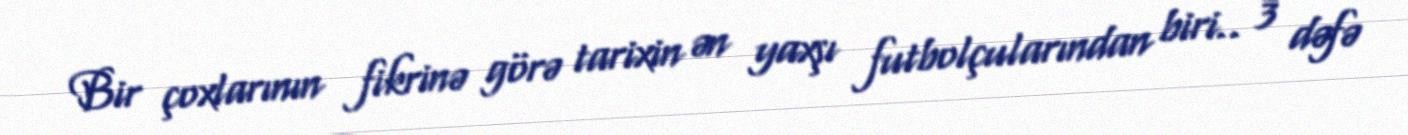
Bir çoxlarının fikrinə görə tarixin ən yaxşı futbolçularından biri.. 3 dəfə